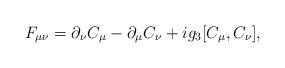
LaTeX: \begin{align*}F_{\mu\nu} = \partial_\nu C_\mu - \partial_\mu C_\nu +i g_3 [C_\mu, C_\nu],\end{align*}